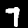
Digit: 7